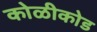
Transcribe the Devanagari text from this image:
कोळीकोड